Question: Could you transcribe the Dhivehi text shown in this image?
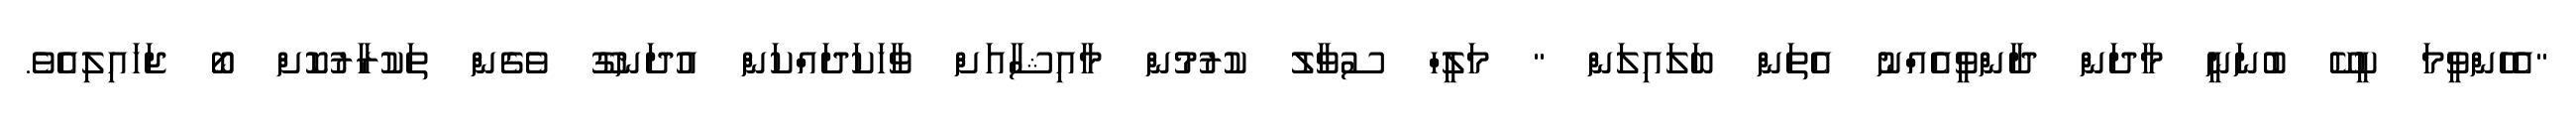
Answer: "އެހެންވީމަ ކީކޭ ބުނަނީ މާދަން ދާންވީއެއްނު އެތަން ބަލައިލަން " މަލީހް ސުވާލު ކުރުމުން މާއިޝާއަށް ވާހަކަދައްކަން އުދަނގޫ ވެގެން ތަކުރާރުކޮށް ބޯ ޖަހައިލިއެވެ.